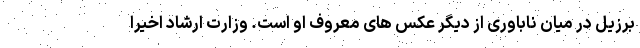
برزیل در میان ناباوری از دیگر عکس های معروف او است. وزارت ارشاد اخیرا